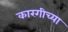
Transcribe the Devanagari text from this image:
कारगीच्या